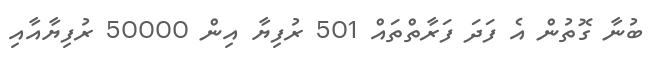
ބުނާ ގޮތުން އެ ފަދަ ފަރާތްތައް 501 ރުފިޔާ އިން 50000 ރުފިޔާއާއި